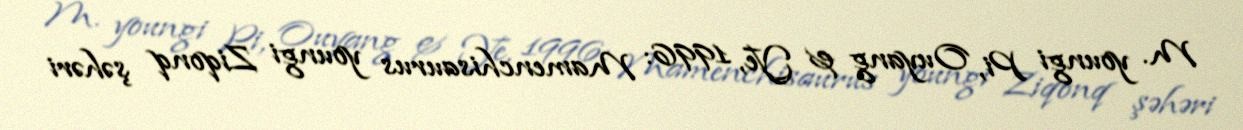
M. youngi Pi, Ouyang & Ye, 1996: Mamenchisaurus youngi Ziqonq şəhəri